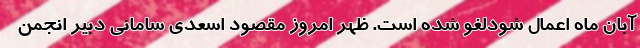
آبان ماه اعمال شودلغو شده است. ظهر امروز مقصود اسعدی سامانی دبیر انجمن